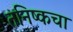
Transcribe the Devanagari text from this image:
तनिष्कचा